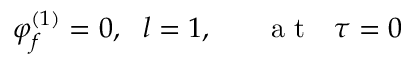
\varphi _ { f } ^ { ( 1 ) } = 0 , ~ ~ l = 1 , ~ ~ ~ ~ ~ \mathrm { ~ a ~ t ~ } ~ ~ \tau = 0